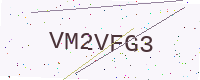
Text: VM2VFG3